King Institute of Preventive Medicine Bacteriolog. Section reports 1907-08
Year: 1907
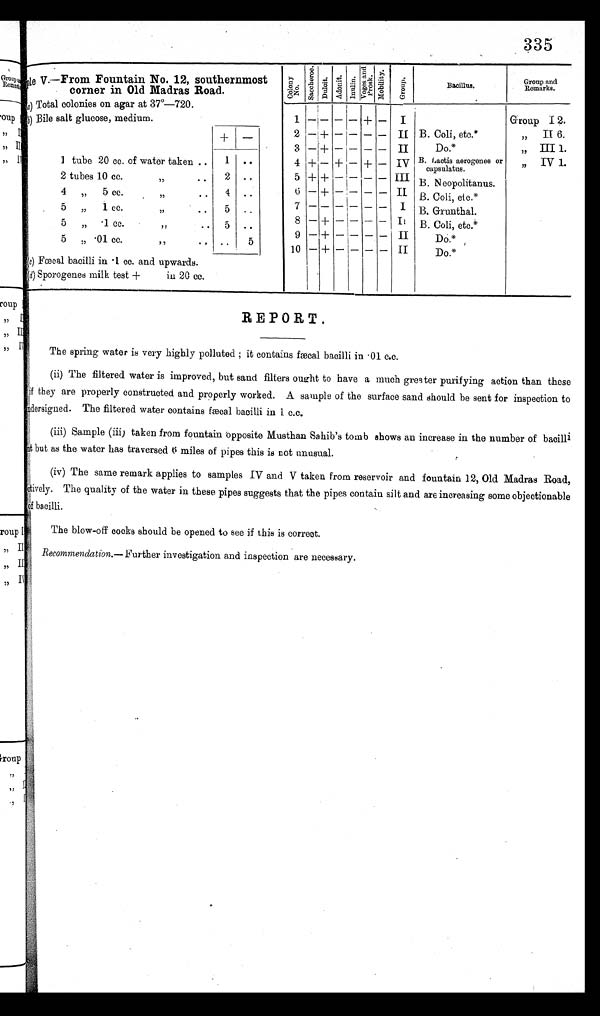
335
Sample V.—From Fountain No. 12, southernmost
corner in Old Madras Road.
C o l o n y
N o .
S a c c h a r o e .
Duloit. Adonit. I n u l i n . V o g e s a n d
P r o s k .
M o b i l i t y .
G r o u p .
Bacillus.
Group and
Remarks.
( a ) T o t a l c o l o n i e s o n a g a r a t 3 7°— 7 2 0 .
Group I 2.
(b) Bile salt glucose, medium.
1 — — — — + — I
B. Coli, etc.*
„ II 6.
+ —
2 — + — – — — II
Do.*
„ III 1.
3 — + — — — — II
B. Lactis aerogenes or
capsulatus.
, , I V 1 .
1 tube 20 cc. of water taken ..
1
. .
4 + — + — + — IV
2 tubes 10 cc
" . .
. . .
2 . .
5 + + —
— — — III B. Neopolitanus.
4 ,, 5 cc.
" . .
. .
. .
4 ..
6 — + —
— —
— II B. Coil, etc.*
7 — — —
— —
— I
5 „
1 cc.
" . .
. .
5 ..
B. Grunthal.
8 — + —
— —
— II B. Coli, etc.*
5 ,, ·1 cc.
" . .
. .
5
. .
9 — + —
— — — II
Do.*
5 ,, ·01 cc.
, ,
..
5
Do.*
10 — + — — — — II
(c ) Fœcal bacilli in ·1 cc. and upwards.
(d ) Sporogenes milk test + in 20 cc.
REPORT.
The spring water is very highly polluted ; it contains fæcal bacilli in .01 c.c.
(ii) The filtered water is improved, but sand filters ought to have a much greater purifying action than these
if they are properly constructed and properly worked. A sample of the surface sand should be sent for inspection to
i d e r s i g n e d . T h e f i l t e r e d w a t e r c o n t a i n s f æ c a l b a c i l l i i n 1 c . c .
(iii) Sample (iii) taken from fountain opposite Musthan Sahib's tomb shows an increase in the number of bacilli
it but as the water has traversed 6 miles of pipes this is not unusual.
(iv)
The same remark applies to samples IV and V taken from reservoir and fountain 12, Old. Madras Road,
actively. The quality of the water in these pipes suggests that the pipes contain silt and are increasing some objectionable
of bacilli.
The blow-off cocks should be opened to see if this is correct.
Recommendation.— Further investigation and inspection are necessary.